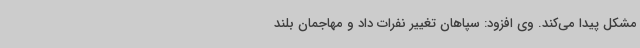
مشکل پیدا می‌کند. وی افزود: سپاهان تغییر نفرات داد و مهاجمان بلند